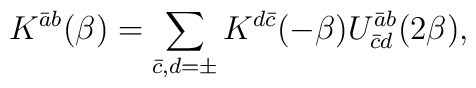
K^{\bar a b} (\beta) = \sum_{\bar c, d = \pm} K^{d \bar c} ( - \beta) U_{\bar c d}^{\bar a b} ( 2 \beta),